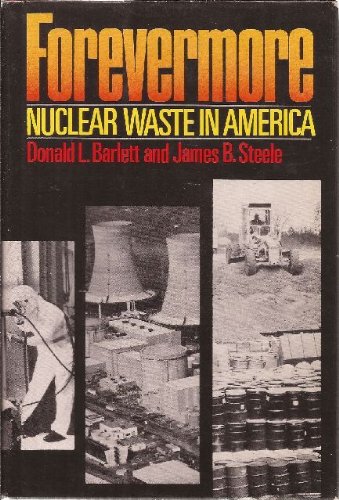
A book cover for Forevermore: Nuclear Waste in America; Donald L. Barlett; Science & Math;